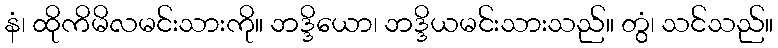
နံ၊ ထိုကိမိလမင်းသားကို။ ဘဒ္ဒိယော၊ ဘဒ္ဒိယမင်းသားသည်။ တွံ၊ သင်သည်။